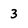
Character: 3